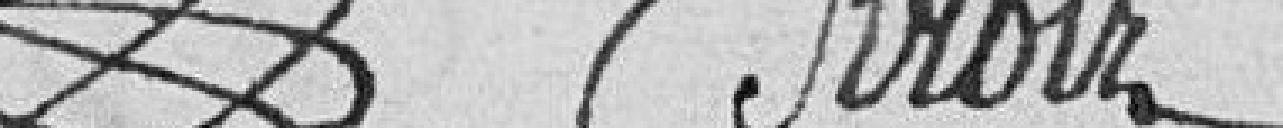
?   ?